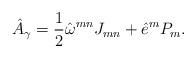
LaTeX: \begin{align*}\hat{A}_{\gamma }=\frac{1}{2}\hat{\omega}^{mn}J_{mn}+\hat{e}^{m}P_{m}. \end{align*}